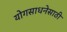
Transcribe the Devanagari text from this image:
योगसाधनेसाठी